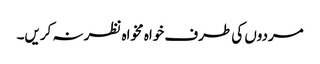
مردوں کی طرف خواہ مخواہ نظر نہ کریں۔